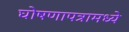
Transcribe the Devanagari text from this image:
घोषणापत्रामध्ये